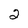
Character: 2